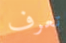
تعرف